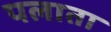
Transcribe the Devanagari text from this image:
पलाता